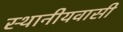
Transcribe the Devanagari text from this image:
स्थानीयवासी